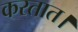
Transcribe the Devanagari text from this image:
करतात।